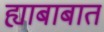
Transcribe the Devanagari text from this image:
ह्याबाबात